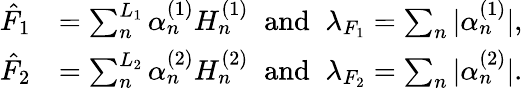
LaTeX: \begin{array}{rl}{\hat{F}_{1}}&{=\sum_{n}^{L_{1}}\alpha_{n}^{(1)}H_{n}^{(1)}\; \; \mathrm{and}\; \; \lambda_{F_{1}}=\sum_{n}|\alpha_{n}^{(1)}|,}\\ {\hat{F}_{2}}&{=\sum_{n}^{L_{2}}\alpha_{n}^{(2)}H_{n}^{(2)}\; \; \mathrm{and}\; \; \lambda_{F_{2}}=\sum_{n}|\alpha_{n}^{(2)}|.}\end{array}